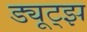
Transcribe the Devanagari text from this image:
ड्यूट्झ